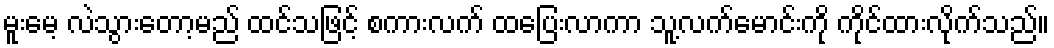
မူးမေ့ လဲသွားတော့မည် ထင်သဖြင့် စကားလက် ထပြေးလာကာ သူ့လက်မောင်းကို ကိုင်ထားလိုက်သည်။